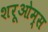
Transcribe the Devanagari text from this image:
शरूओम्स